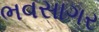
ભવસાગર